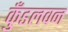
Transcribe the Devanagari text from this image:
कुँडलवन